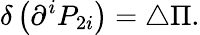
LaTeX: \delta\left(\partial^{i}P_{2i}\right)=\triangle\Pi.